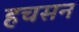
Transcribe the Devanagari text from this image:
हचसन